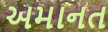
અમાનત